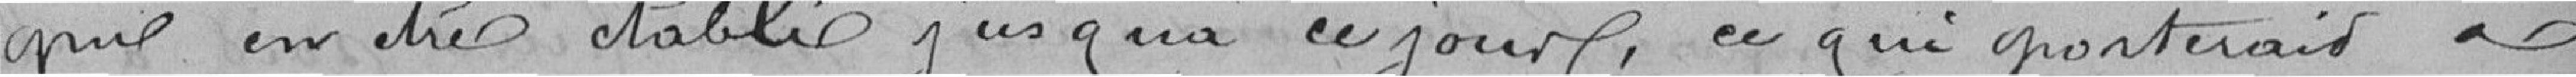
pu en être établi jusquà ce jour, ce qui porterait à